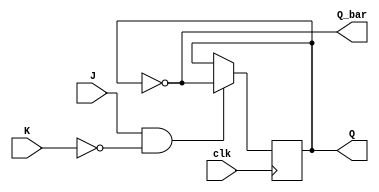
module jk_flipflop (
    input J, K, clk,
    output reg Q, Q_bar
);

always @(posedge clk) begin
    if (J & !K) begin
        Q <= ~Q;
    end else if (J & K) begin
        Q <= Q;
    end else if (!J & !K) begin
        Q <= Q;
    end
end

assign Q_bar = ~Q;

endmodule